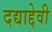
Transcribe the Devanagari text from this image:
दद्याद्देवी